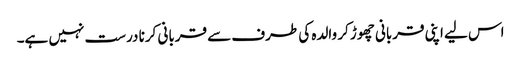
اس لیے اپنی قربانی چھوڑ کر والدہ کی طرف سے قربانی کرنا درست نہیں ہے۔